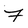
Character: F